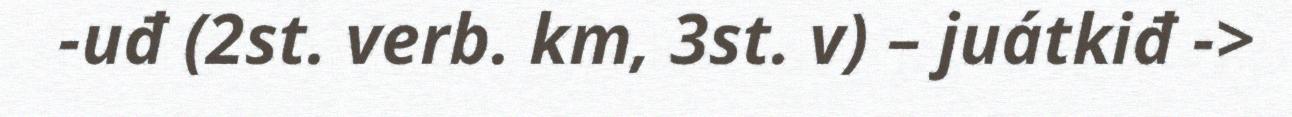
-uđ (2st. verb. km, 3st. v) – juátkiđ ->